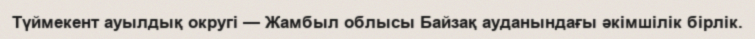
Түймекент ауылдық округі — Жамбыл облысы Байзақ ауданындағы әкімшілік бірлік.